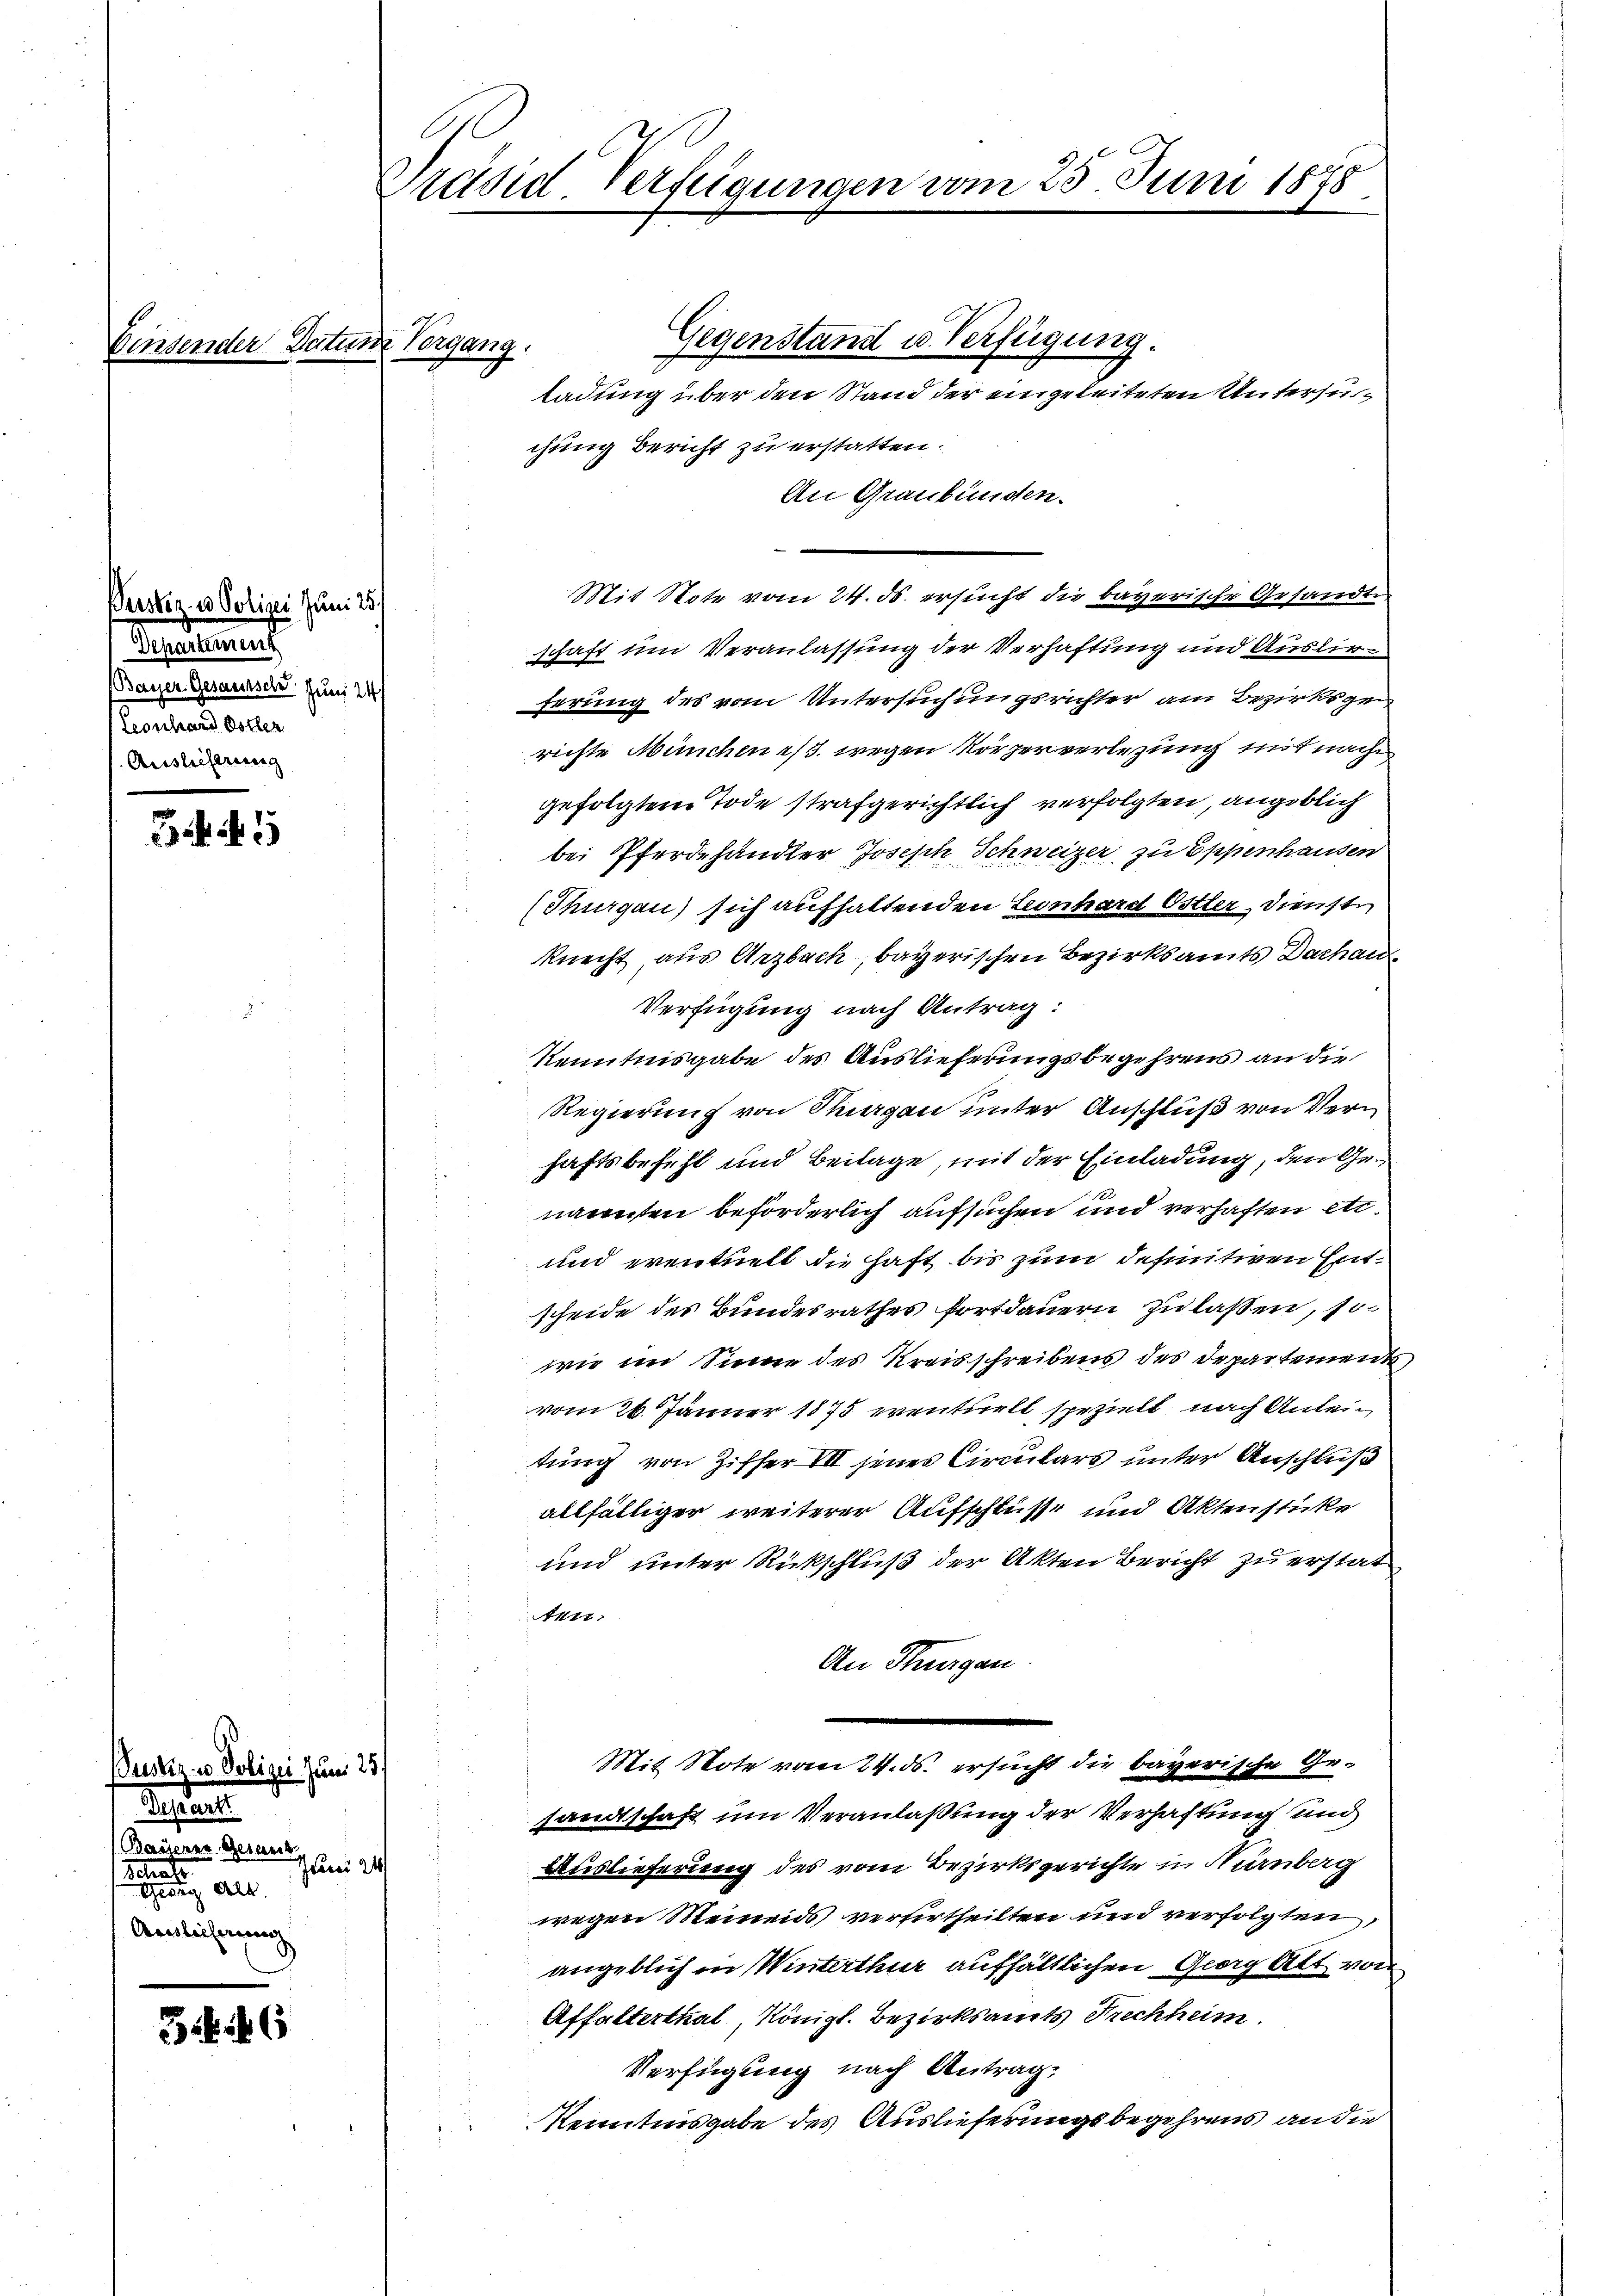
insender Datum Vorgang.

Beesker. v. Polici Juni 25.
Separtement
Bayser Gesamtsch. Juni 24)
Leonhard Dotter
s. Auslieferung

1

Justiz- u Polizei zum 25.
Testa
Basserer Gesand
Frees 24
Schade
Georg Alt
Auslicherung

3. 46

Präsid. Verfügungen vom 25. Juni 1878

Gegenstand u. Verfügung.
ladung über den Stand der eingeleiteten Untersucchung Bericht zu erstatten.
An Graubünden.
Mit Note vom 24. ds. ersucht die bayerische Gesandt
schaft um Veranlassung der Verhaftung und Auslieferung des vom Untersuchungsrichter am Bezirksgerichte München es wegen Körperverlegung mit nach
gefolgtem Tode strafgerichtlich verfolgten, angeblich
bei Pferdehändler Joseph Schweizer zu Eppenhausen
(Thurgau) sich aufhaltenden Leonhard Ostler, Dienste
knecht aus Arzbach, bayerischen Bezirksamts Dachau
Verfügung nach Antrag:
Kenntnisgabe des Auslieferungsbegehrens an die
Regierung von Sargau unter Anschluß von Verhaftsbefehl und Beilage, mit der Einladung, den Genannten beförderlich aufsuchen und verhaften etc.
und eventuell die haft bis zum definitiven Ent¬
Scheide des Bundesrathes fortdauern zulassen, so
wie im Sinne des Kreisschreibens des Departements
vom 26. Jänner 1875 eventhielt spezielt, nach Anleitung von Ziffer VII jenes Circulars unter Anschluß
allfälliger weiterer Aufschlüsse und Aktenstücke
und unter Rückschluß der Akten Bericht zu erstat¬
Aptr.
An Hungen.
Mit Note vom 24. ds. ersucht die bayerische Ge-
sandtschaft um Veranlaßung der Verhaftung und
Auslieferung des vom Bezirksgerichte in Nürnberg
wegen Meinends vertertheilten und verfolgten,
angeblich in Winterthur aufhältlichen Georg Alt von
Affalterthal, Königl. Bezirksamts Frechheim
Verfügung nach Antrag,
Kenntnisgabe des Auslieferungsbegehrens an die